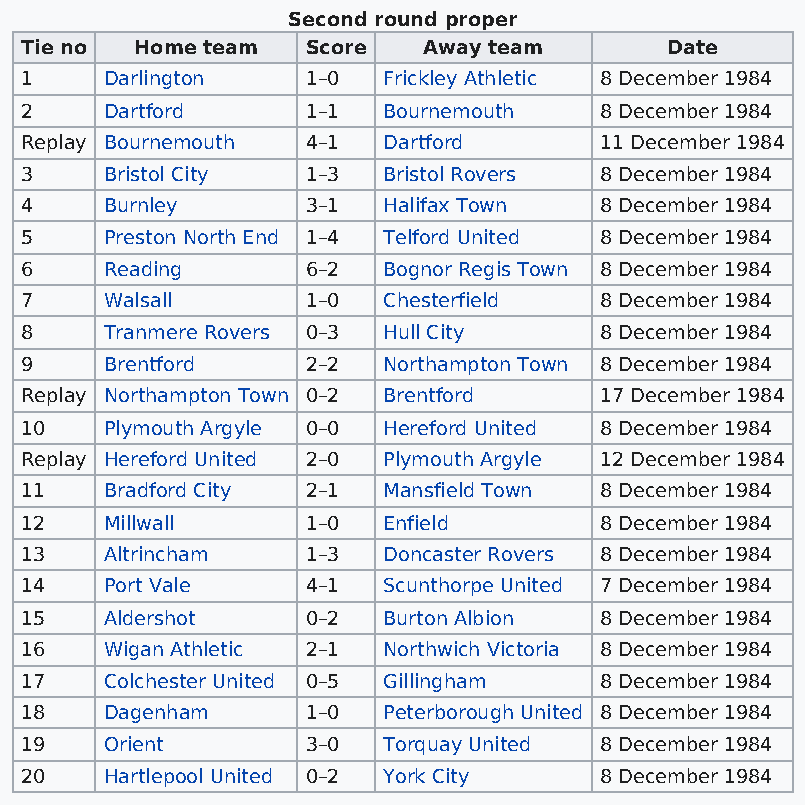
Second round proper
 Tie no  Home team  Score   Away team       Date
 1     Darlington   1–0  Frickley Athletic 8 December 1984
 2     Dartford     1–1  Bournemouth    8 December 1984
 Replay Bournemouth 4–1  Dartford       11 December 1984
 3     Bristol City 1–3  Bristol Rovers 8 December 1984
 4     Burnley      3–1  Halifax Town   8 December 1984
 5     Preston North End 1–4 Telford United 8 December 1984
 6     Reading      6–2  Bognor Regis Town 8 December 1984
 7     Walsall      1–0  Chesterfield   8 December 1984
 8     Tranmere Rovers 0–3 Hull City    8 December 1984
 9     Brentford    2–2  Northampton Town 8 December 1984
 Replay Northampton Town 0–2 Brentford  17 December 1984
 10    Plymouth Argyle 0–0 Hereford United 8 December 1984
 Replay Hereford United 2–0 Plymouth Argyle 12 December 1984
 11    Bradford City 2–1 Mansfield Town 8 December 1984
 12    Millwall     1–0  Enfield        8 December 1984
 13    Altrincham   1–3  Doncaster Rovers 8 December 1984
 14    Port Vale    4–1  Scunthorpe United 7 December 1984
 15    Aldershot    0–2  Burton Albion  8 December 1984
 16    Wigan Athletic 2–1 Northwich Victoria 8 December 1984
 17    Colchester United 0–5 Gillingham 8 December 1984
 18    Dagenham     1–0  Peterborough United 8 December 1984
 19    Orient       3–0  Torquay United 8 December 1984
 20    Hartlepool United 0–2 York City  8 December 1984